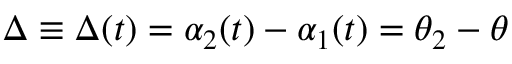
\Delta \equiv \Delta ( t ) = \alpha _ { 2 } ( t ) - \alpha _ { 1 } ( t ) = \theta _ { 2 } - \theta